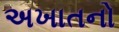
અખાતનો